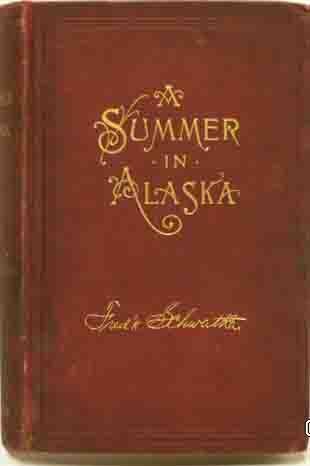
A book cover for A summer in Alaska; Frederick Schwatka; Travel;